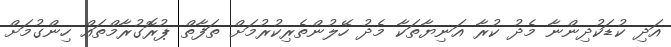
އަދި ކުޑަކުދިންނާ މެދު ކުރާ އަނިޔާތަކާ މެދު ހޭލުންތެރިކުރުމަށް ތަފާތް ޕުރޮގުރާމްތައް ހިންގުމަށް